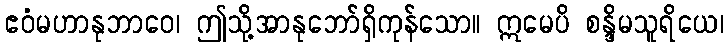
ဧဝံမဟာနုဘာဝေ၊ ဤသို့အာနုဘော်ရှိကုန်သော။ ဣမေပိ စန္ဒိမသူရိယေ၊